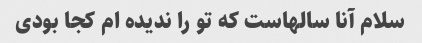
سلام آنا سالهاست که تو را ندیده ام کجا بودی